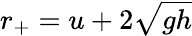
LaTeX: r_{+}=u+2{\sqrt{gh}}